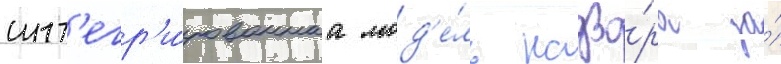
инт'егр'и́рованнаа мод'е́ль надзо́ра за́